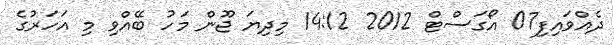
ދެއްވައިފި07 އޯގަސްޓް 2012 14:12 މިދިޔަ ޖޫން މަހު ބޭއްވި މި އަހަރުގެ